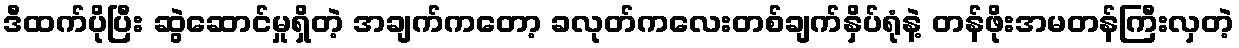
ဒီထက်ပိုပြီး ဆွဲဆောင်မှုရှိတဲ့ အချက်ကတော့ ခလုတ်ကလေးတစ်ချက်နှိပ်ရုံနဲ့ တန်ဖိုးအမတန်ကြီးလှတဲ့